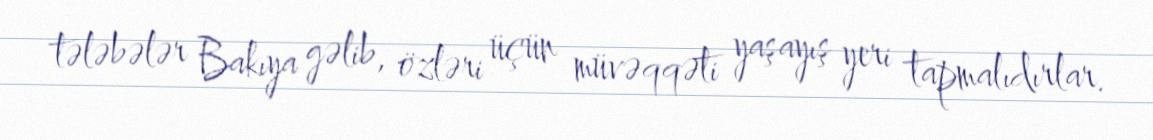
tələbələr Bakıya gəlib, özləri üçün müvəqqəti yaşayış yeri tapmalıdırlar.